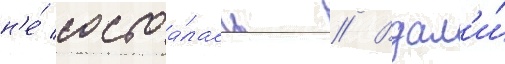
н'е́ состоа́лась // Вдал'и́